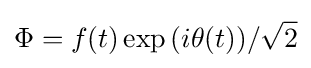
\Phi =f(t)\exp {(i\theta (t))}/{\sqrt {2}}